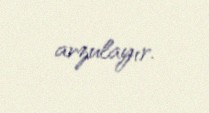
arzulayır.